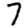
Digit: 7